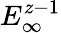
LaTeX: E_{\infty}^{z-1}